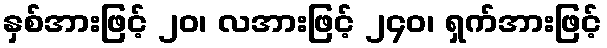
နှစ်အားဖြင့် ၂၀၊ လအားဖြင့် ၂၄၀၊ ရှက်အားဖြင့်